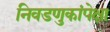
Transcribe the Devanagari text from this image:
निवडणुकांपेक्षा